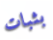
بثبات